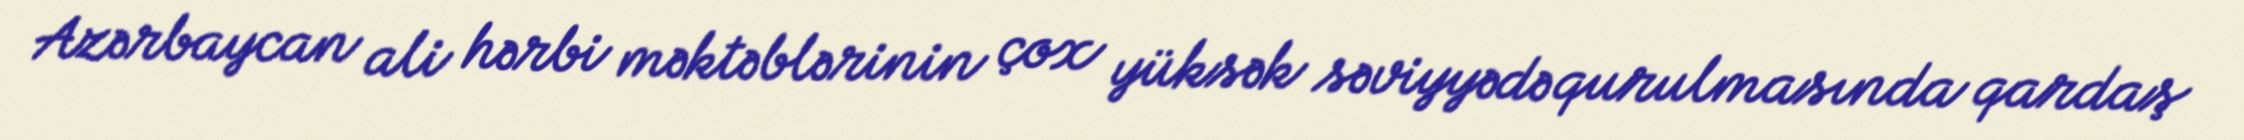
Azərbaycan ali hərbi məktəblərinin çox yüksək səviyyədə qurulmasında qardaş